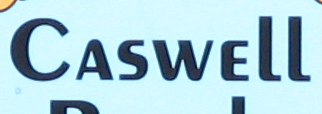
CASWELL